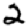
Digit: 2